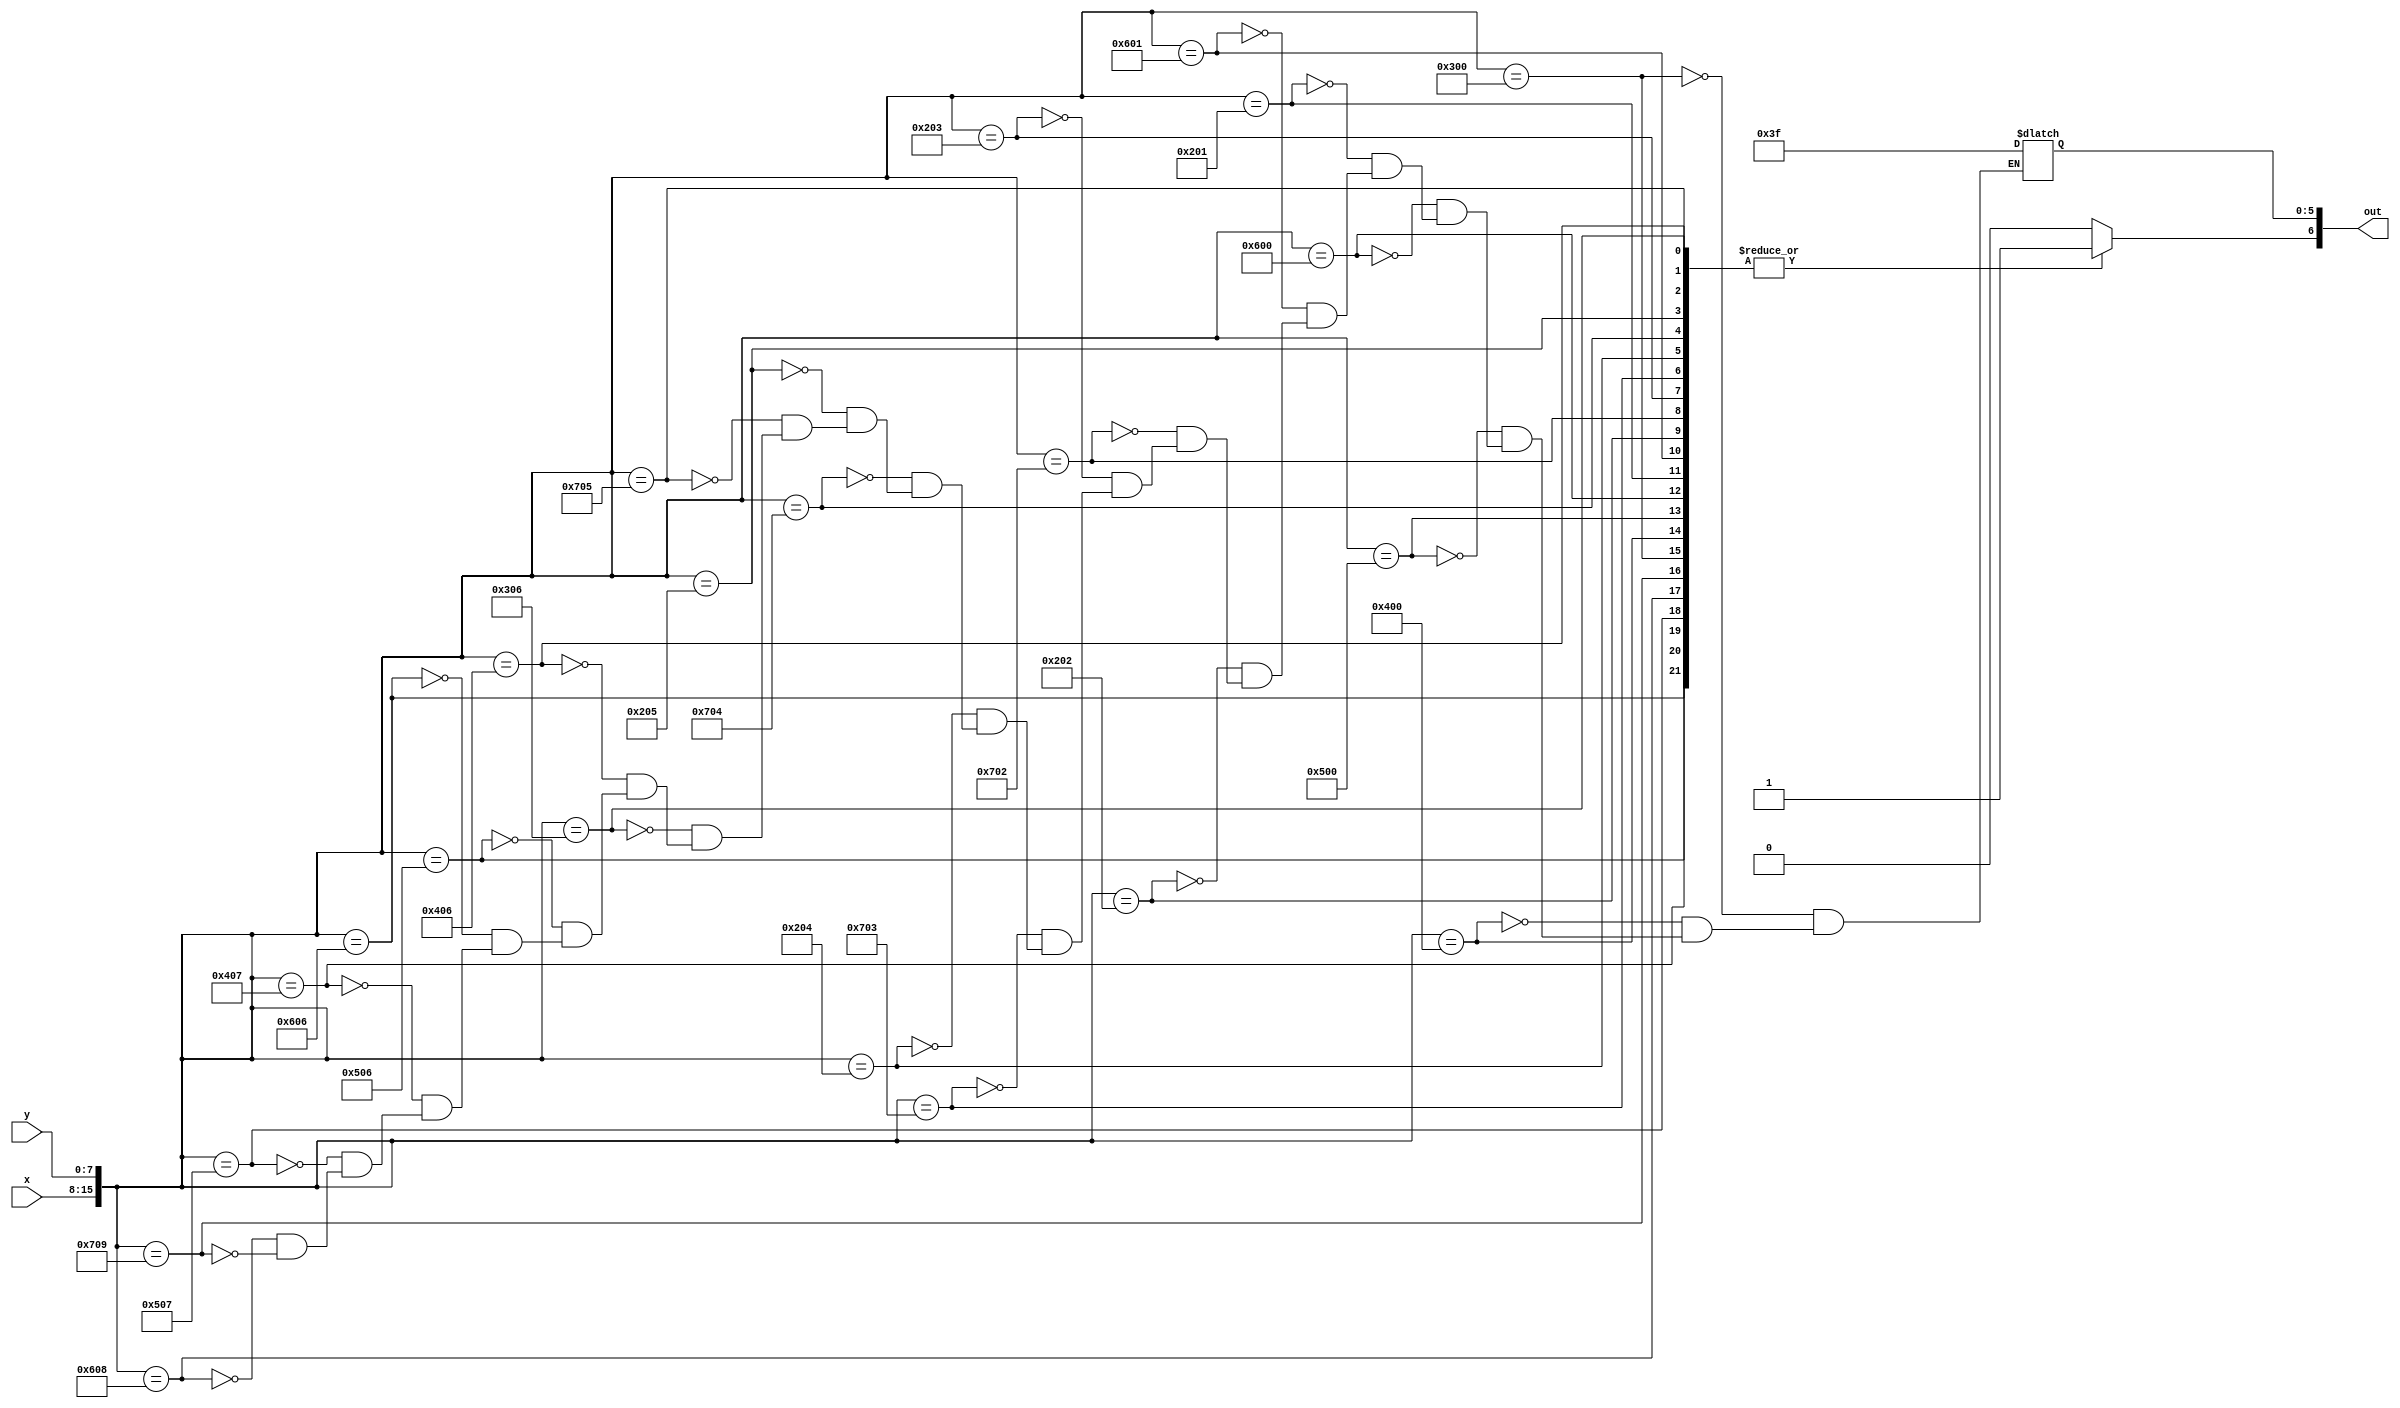
module char_q_lut(x, y, out);
	input [7:0] x;
	input [7:0] y;
	output reg [6:0] out;

	always@(*)
	begin
		out[6] <= 1'b1;
		case({x, y})
			16'h0300: out[5:0] <= 6'b111111;
			16'h0400: out[5:0] <= 6'b111111;
			16'h0500: out[5:0] <= 6'b111111;
			16'h0600: out[5:0] <= 6'b111111;
			
			16'h0201: out[5:0] <= 6'b111111;
			16'h0601: out[5:0] <= 6'b111111;
			
			16'h0202: out[5:0] <= 6'b111111;
			16'h0702: out[5:0] <= 6'b111111;
			
			16'h0203: out[5:0] <= 6'b111111;
			16'h0703: out[5:0] <= 6'b111111;
			
			16'h0204: out[5:0] <= 6'b111111;
			16'h0704: out[5:0] <= 6'b111111;
			
			16'h0205: out[5:0] <= 6'b111111;
			16'h0705: out[5:0] <= 6'b111111;
			
			16'h0306: out[5:0] <= 6'b111111;
			16'h0406: out[5:0] <= 6'b111111;
			16'h0506: out[5:0] <= 6'b111111;
			16'h0606: out[5:0] <= 6'b111111;
			
			16'h0407: out[5:0] <= 6'b111111;
			16'h0507: out[5:0] <= 6'b111111;
			
			16'h0608: out[5:0] <= 6'b111111;
			16'h0709: out[5:0] <= 6'b111111;
			default: out[6] <= 1'b0;
		endcase
	end
endmodule
module char_q(x, y, flush_x, flush_y, colour, enable);
	input [7:0] x;
	input [7:0] y;
	input [7:0] flush_x;
	input [7:0] flush_y;
	
	output [5:0] colour;
	output enable;
	
	wire [6:0] lut_out;
	
	char_q_lut(flush_x - x, flush_y - y, lut_out);
	
	assign colour = lut_out[5:0];
	assign enable = lut_out[6];
endmodule